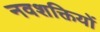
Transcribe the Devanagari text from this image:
नवशक्तियों